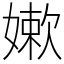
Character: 嫰